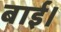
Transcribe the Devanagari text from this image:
बाई।